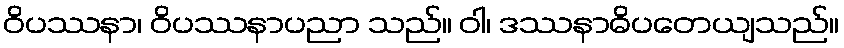
ဝိပဿနာ၊ ဝိပဿနာပညာ သည်။ ဝါ၊ ဒဿနာဓိပတေယျသည်။